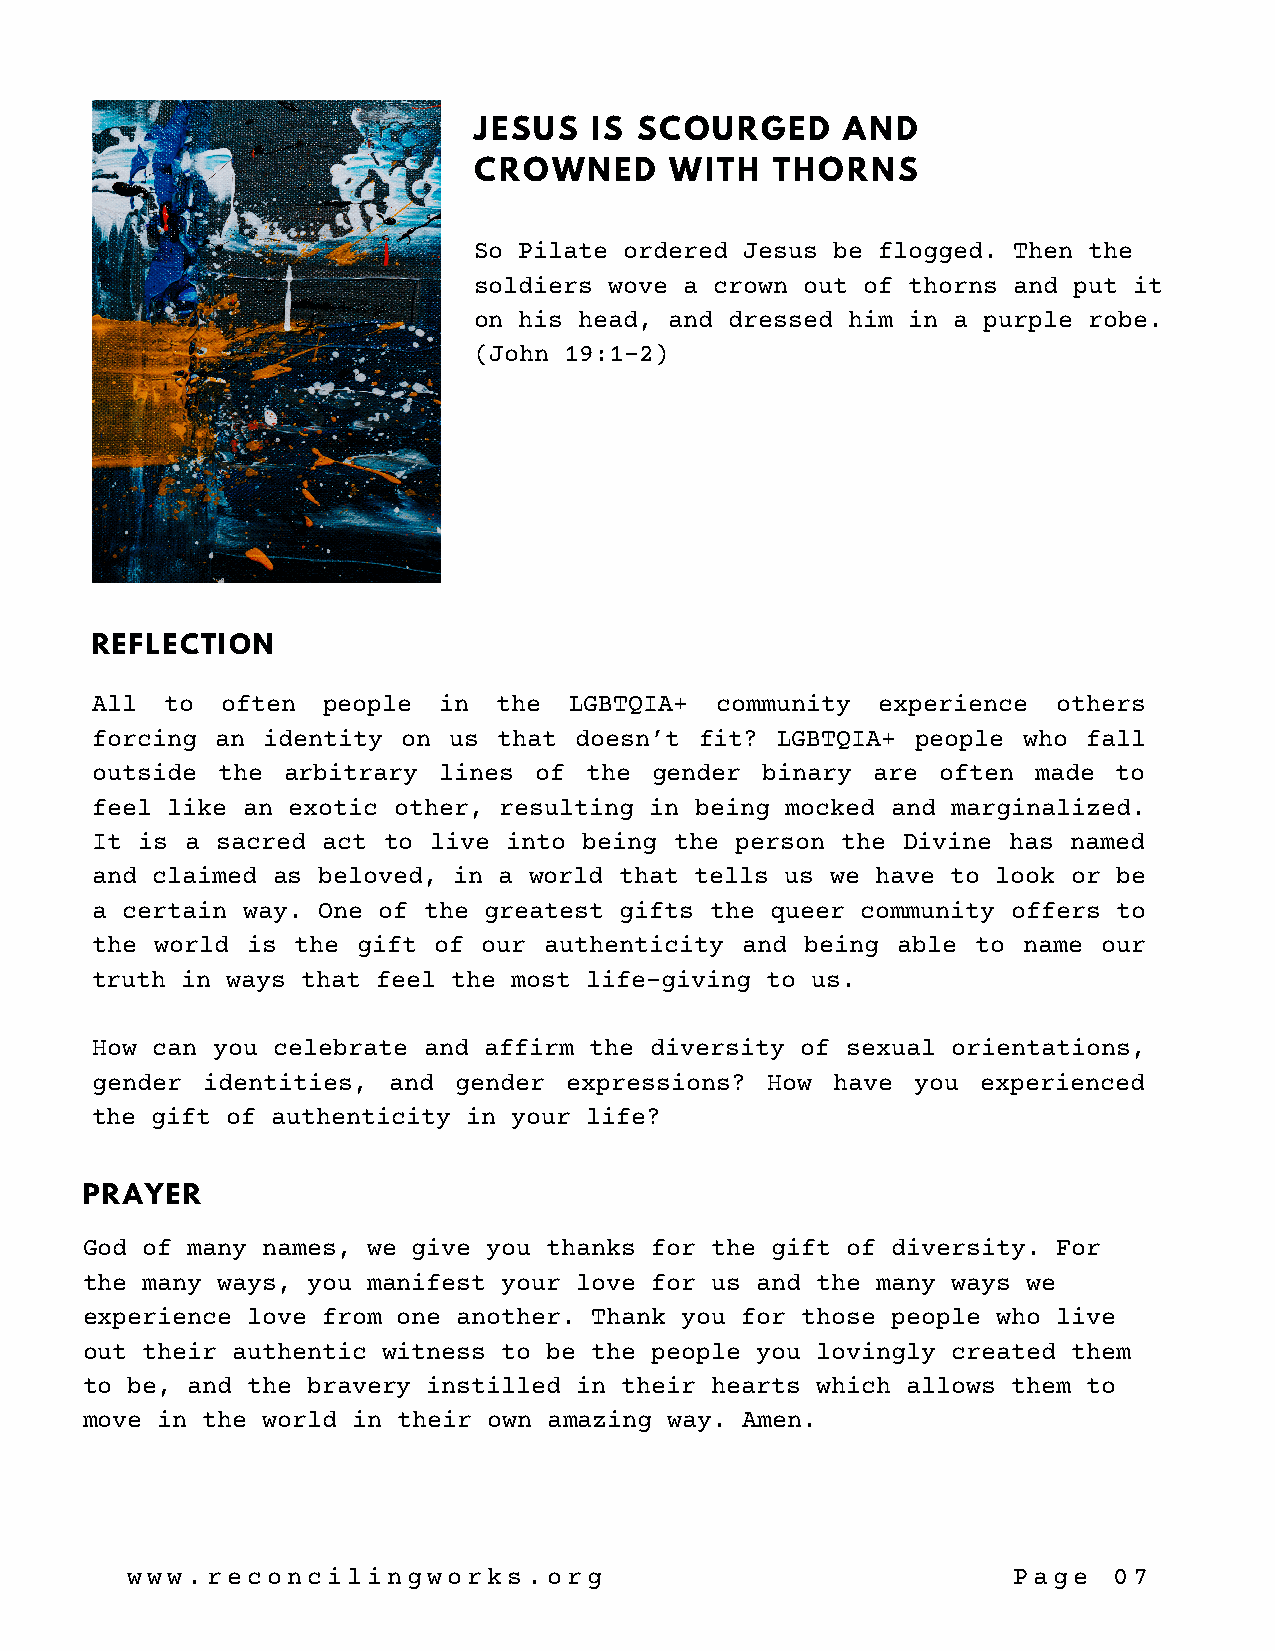
JESUS   IS SCOURGED      AND
 CROWNED      WITH   THORNS
 So Pilate ordered Jesus be flogged. Then the
 soldiers wove a crown out of thorns and put it
 on his head, and dressed him in a purple robe.
 (John 19:1-2)
 REFLECTION
 All  to  often people  in  the  LGBTQIA+ community  experience  others
 forcing an identity  on us that doesn’t fit? LGBTQIA+  people who fall
 outside the  arbitrary lines of  the gender binary  are often  made to
 feel like an exotic other, resulting in being mocked and marginalized.
 It is a sacred act to live  into being the person the Divine has named
 and claimed as beloved, in a world that tells us we have to look or be
 a certain way. One of the greatest gifts the queer community offers to
 the world is the  gift of our authenticity and being able  to name our
 truth in ways that feel the most life-giving to us.
 How can you celebrate and affirm the diversity of sexual orientations,
 gender identities,  and gender expressions?  How have  you experienced
 the gift of authenticity in your life?
 PRAYER
 God of many names, we give you thanks for the gift of diversity. For
 the many ways, you manifest your love for us and the many ways we
 experience love from one another. Thank you for those people who live
 out their authentic witness to be the people you lovingly created them
 to be, and the bravery instilled in their hearts which allows them to
 move in the world in their own amazing way. Amen.
 www.reconcilingworks.org                                   Page   07